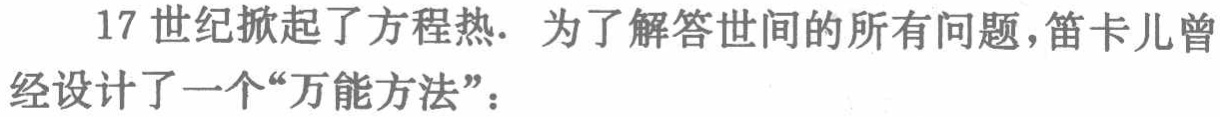
17 世纪掀起了方程热. 为了解答世间的所有问题，笛卡儿曾经设计了一个“万能方法”：